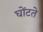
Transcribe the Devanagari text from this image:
घोंटते